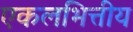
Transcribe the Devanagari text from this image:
एकलभित्तीय